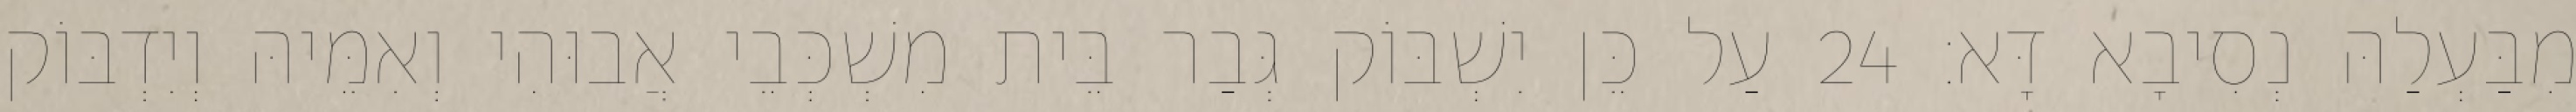
מִבַּעְלַהּ נְסִיבָא דָּא׃ 24 עַל כֵּן יִשְׁבּוֹק גְּבַר בֵּית מִשְׁכְּבֵי אֲבוּהִי וְאִמֵּיהּ וְיִדְבּוֹק